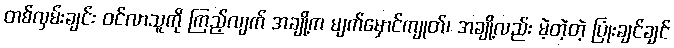
တစ်လှမ်းချင်း ဝင်လာသူကို ကြည့်လျက် အချို့က မျက်မှောင်ကျုတ်၊ အချို့လည်း မဲ့တဲ့တဲ့ ပြုံးချင်ချင်